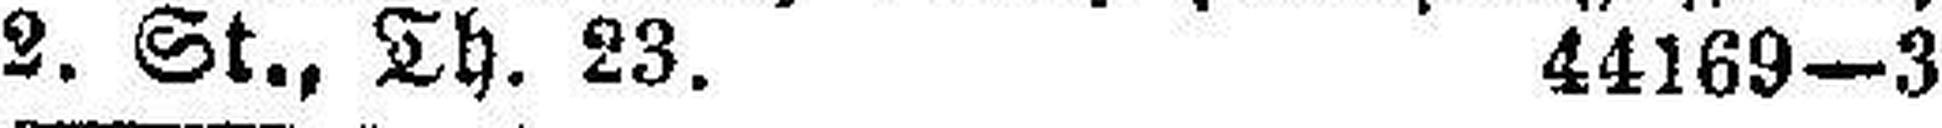
2. St., Th. 23. 44169—3